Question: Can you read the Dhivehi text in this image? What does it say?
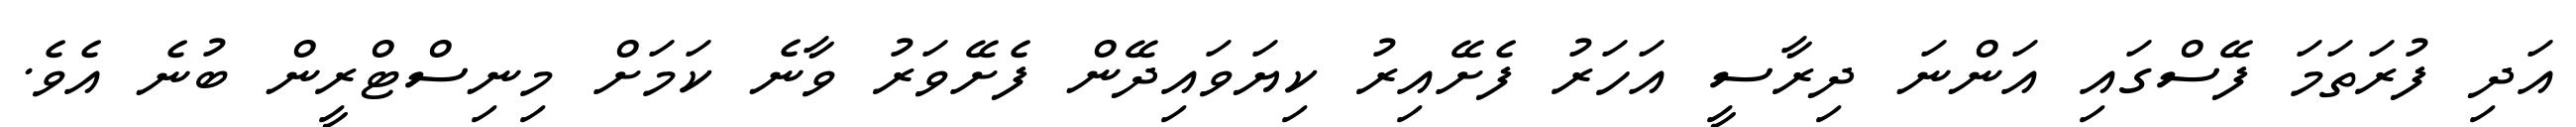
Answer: އަދި ފުރަތަމަ ފޭސްގައި އަންނަ ދިރާސީ އަހަރު ފެށޭއިރު ކިޔަވައިދޭން ފެށޭވަރު ވާނެ ކަމަށް މިނިސްޓްރީން ބުނެ އެވެ.